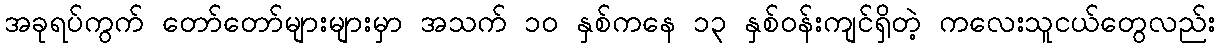
အခုရပ်ကွက် တော်တော်များများမှာ အသက် ၁၀ နှစ်ကနေ ၁၃ နှစ်ဝန်းကျင်ရှိတဲ့ ကလေးသူငယ်တွေလည်း